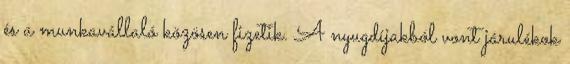
és a munkavállaló közösen fizetik. A nyugdíjakból vont járulékok